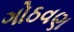
ગોઠવણ